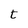
Character: t